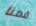
قمنا